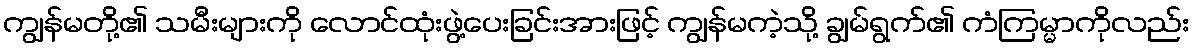
ကျွန်မတို့၏ သမီးများကို လောင်ထုံးဖွဲ့ပေးခြင်းအားဖြင့် ကျွန်မကဲ့သို့ ချွမ်ရွက်၏ ကံကြမ္မာကိုလည်း